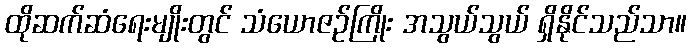
ထိုဆက်ဆံရေးမျိုးတွင် သံယောဇဉ်ကြိုး အသွယ်သွယ် ရှိနိုင်သည်သာ။